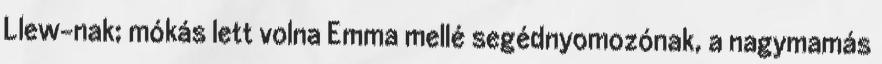
Llew-nak; mókás lett volna Emma mellé segédnyomozónak, a nagymamás